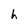
Character: h